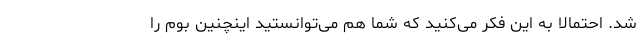
شد. احتمالا به این فکر می‌کنید که شما هم می‌توانستید اینچنین بوم را